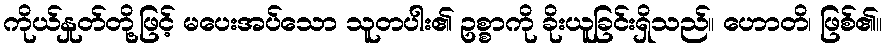
ကိုယ်နှုတ်တို့ဖြင့် မပေးအပ်သော သူတပါး၏ ဥစ္စာကို ခိုးယူခြင်းရှိသည်။ ဟောတိ၊ ဖြစ်၏။